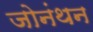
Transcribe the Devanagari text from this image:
जोनंथन